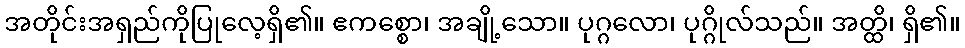
အတိုင်းအရှည်ကိုပြုလေ့ရှိ၏။ ဧကစ္စော၊ အချို့သော။ ပုဂ္ဂလော၊ ပုဂ္ဂိုလ်သည်။ အတ္ထိ၊ ရှိ၏။